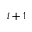
i + 1